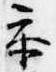
参